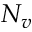
N _ { v }